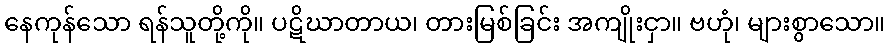
နေကုန်သော ရန်သူတို့ကို။ ပဋိဃာတာယ၊ တားမြစ်ခြင်း အကျိုးငှာ။ ဗဟုံ၊ များစွာသော။